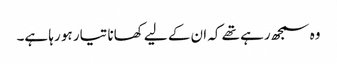
وہ سمجھ رہے تھے کہ ان کے لیے کھانا تیار ہو رہا ہے۔